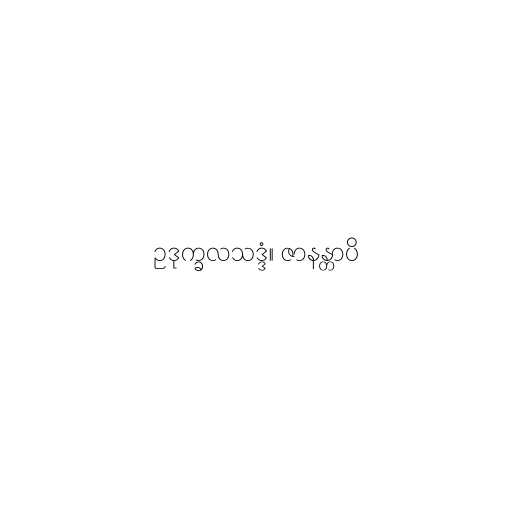
ဥဒုက္ခလသဒ္ဒံ။ ဇာနန္တာပိ